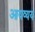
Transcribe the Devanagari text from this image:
आयव्यय